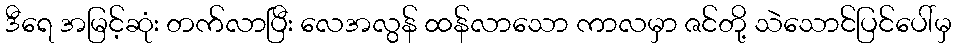
ဒီရေ အမြင့်ဆုံး တက်လာပြီး လေအလွန် ထန်လာသော ကာလမှာ ဇင်တို့ သဲသောင်ပြင်ပေါ်မှ